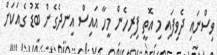
ވިސްނައި ދެވިފައި މި އޮތީ ފިރިހެން މީހާ އައިސް އިނދެގެން ބޮޑު ގެއަކަށް